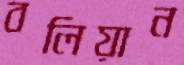
বলিয়ান